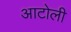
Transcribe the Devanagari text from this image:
आटोली